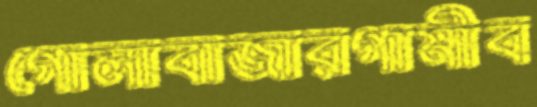
গোলাবাজারগামীব